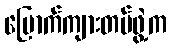
ပြောက်ကျားတပ်ဖွဲ့က